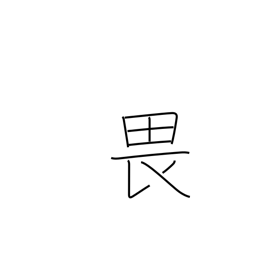
Meaning: fear